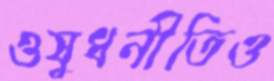
ওষুধনীতিও